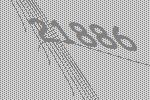
21886